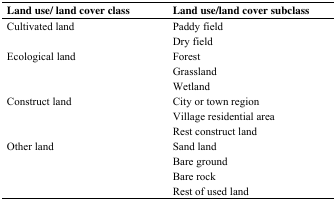
| Land use/ land cover class | Land use/land cover subclass |
 | --- | --- |
 | <ROWSPAN=2> Cultivated land | Paddy field |
 | Dry field |
 | <ROWSPAN=3> Ecological land | Forest |
 | Grassland |
 | Wetland |
 | <ROWSPAN=3> Construct land | City or town region |
 | Village residential area |
 | Rest construct land |
 | <ROWSPAN=4> Other land | Sand land |
 | Bare ground |
 | Bare rock |
 | Rest of used land |